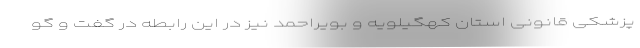
پزشکی قانونی استان کهگیلویه و بویراحمد نیز در این رابطه در گفت و گو